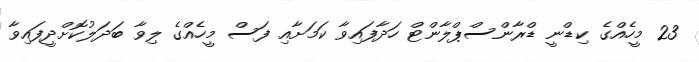
23 މީހެއްގެ ކިޑްނީ ޑްރާންސްޕްލާންޓް ހަދާފައިވާ ކަމަށާއި ފަސް މީހެއްގެ ލިވާ ބަދަލުކޮށްދީފައިވާ